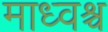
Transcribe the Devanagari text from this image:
माध्वश्च